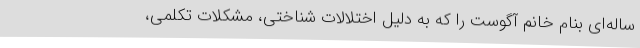
ساله‌ای بنام خانم آگوست را که به‌ دلیل اختلالات شناختی، مشکلات تکلمی،